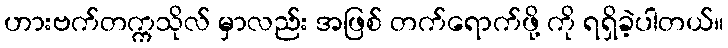
ဟားဗက်တက္ကသိုလ် မှာလည်း အဖြစ် တက်ရောက်ဖို့ ကို ရရှိခဲ့ပါတယ်။